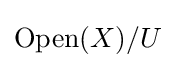
{\text{Open}}(X)/U